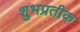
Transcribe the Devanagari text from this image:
शुभप्रतीक